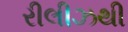
રીલીઝથી